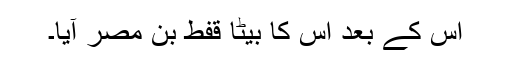
اس کے بعد اس کا بیٹا قفط بن مصر آیا۔